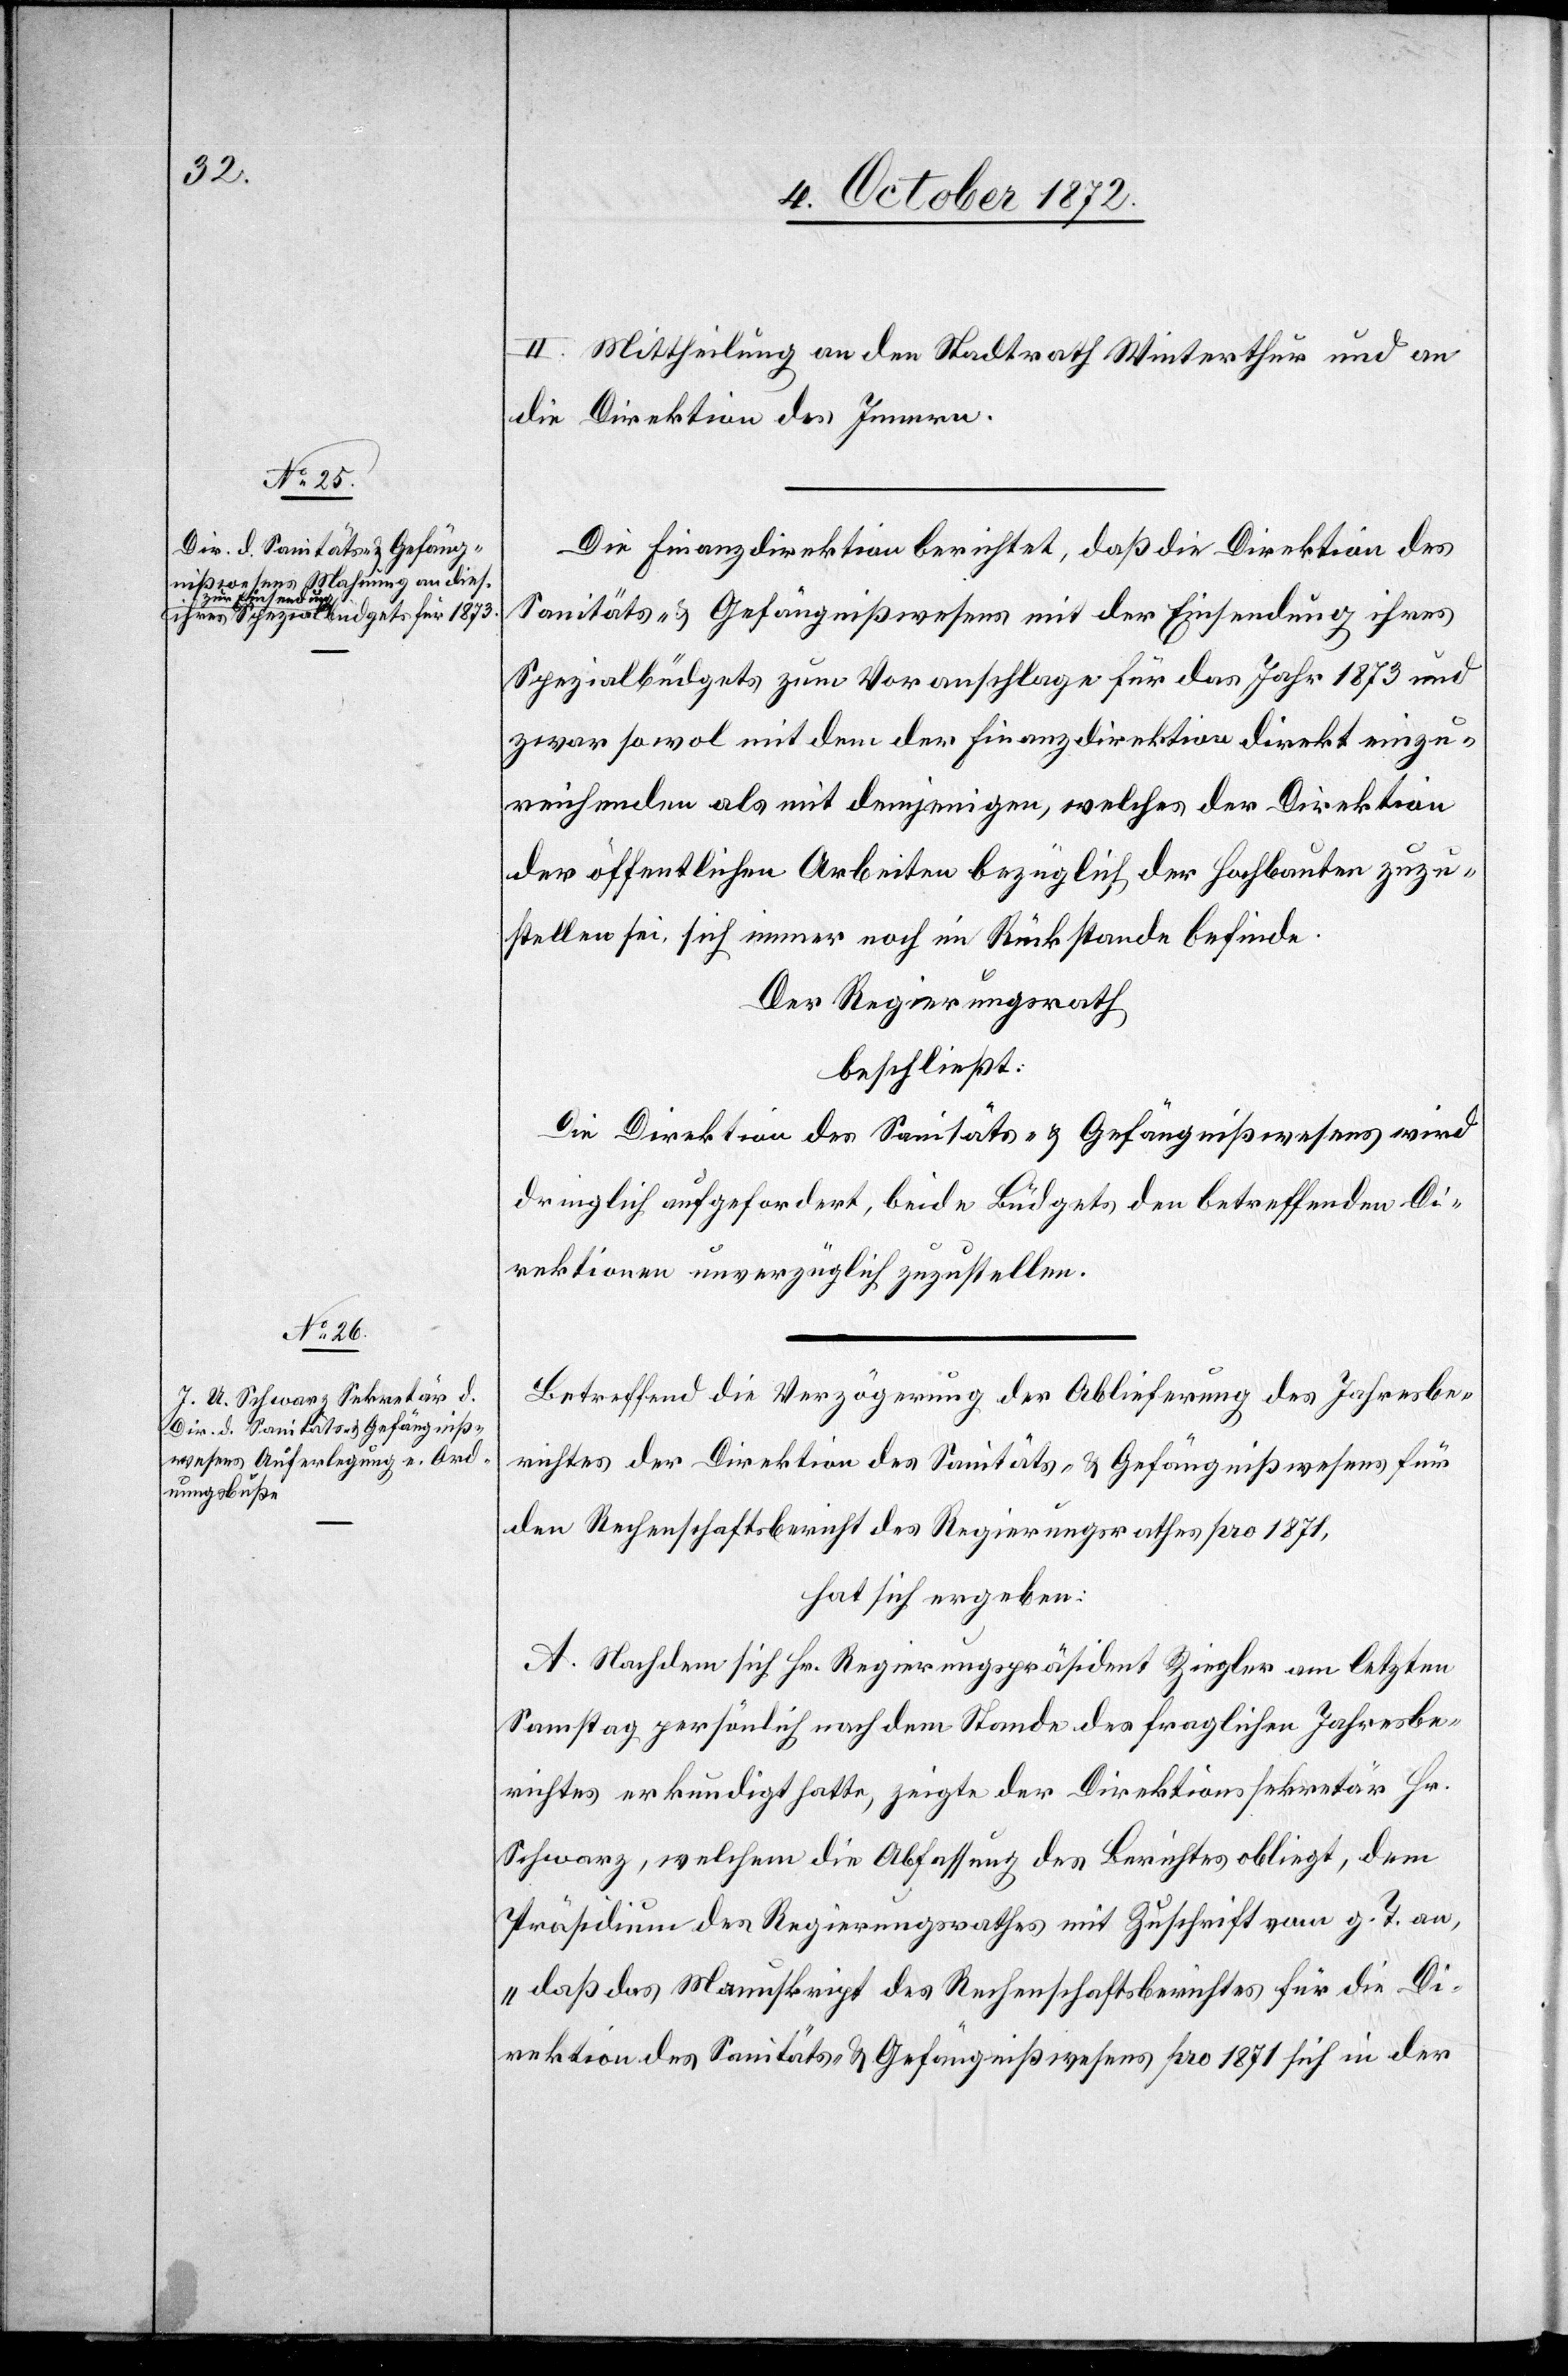
II. Mittheilung an den Stadtrath Winterthur und an
die Direktion des Innern.
Die Finanzdirektion berichtet, daß die Direktion des
Sanitäts- u. Gefängnißwesens mit der Einsendung ihres
Spezialbüdgets zum Voranschlage für das Jahr 1873 und
zwar sowol mit dem der Finanzdirektion direkt einzu¬
reichenden als mit demjenigen, welches der Direktion
der öffentlichen Arbeiten bezüglich der Hochbauten zuzu¬
stellen sei, sich immer noch im Rückstande befinde.
Der Regierungsrath
beschließt:
Die Direktion des Sanitäts- u. Gefängnißwesens wird
dringlich aufgefordert, beide Büdgets den betreffenden Di¬
rektionen unverzüglich zuzustellen.
Betreffend die Verzögerung der Ablieferung des Jahresbe¬
richtes der Direktion des Sanitäts- u. Gefängnißwesens für
den Rechenschaftsbericht des Regierungsrathes pro 1871,
hat sich ergeben:
A. Nachdem sich Hr. Regierungspräsident Ziegler am letzten
Samstag persönlich nach dem Stande des fraglichen Jahresbe¬
richtes erkundigt hatte, zeigte der Direktionssekretär Hr.
Schwarz, welchem die Abfassung des Berichtes obliegt, dem
Präsidium des Regierungsrathes mit Zuschrift vom g. T. an,
„daß das Manuskript des Rechenschaftsberichtes für die Di¬
rektion des Sanitäts- u. Gefängnißwesens pro 1871 sich in der